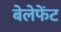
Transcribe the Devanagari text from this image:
बेलेफेंट